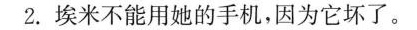
2.埃米不能用她的手机，因为它坏了。